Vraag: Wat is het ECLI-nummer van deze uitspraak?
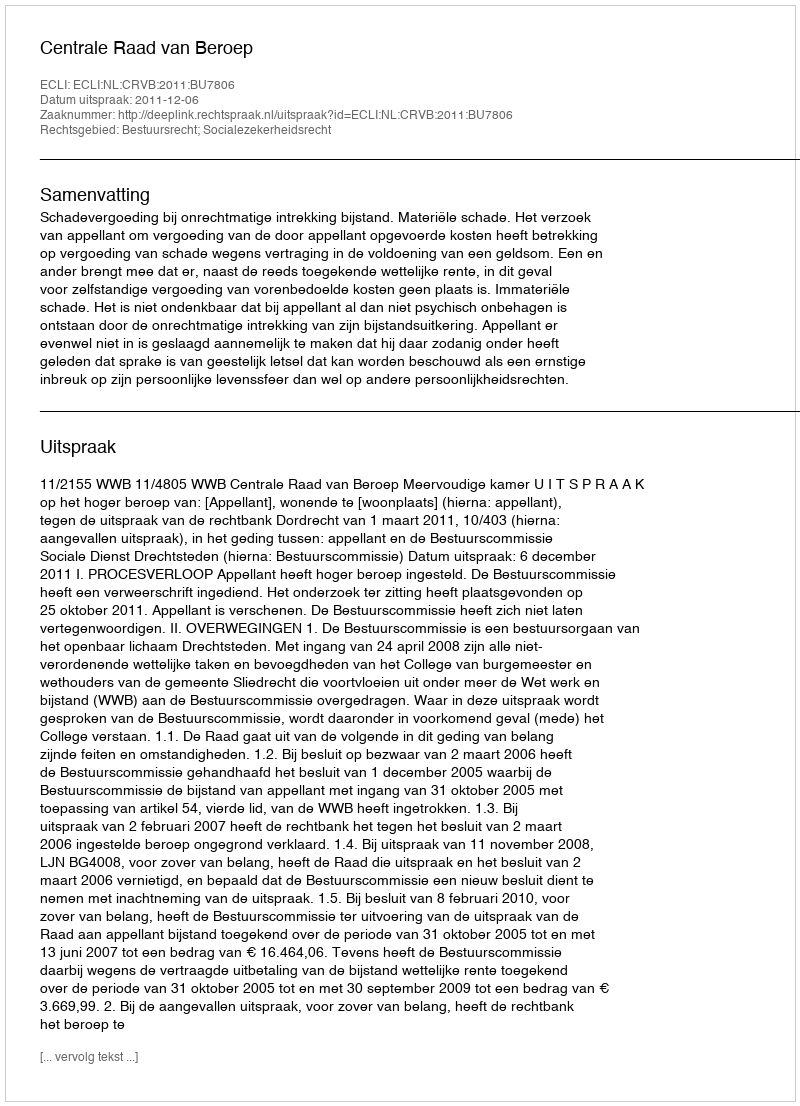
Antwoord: ECLI:NL:CRVB:2011:BU7806